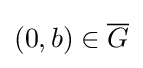
(0,b)\in {\overline {G}}